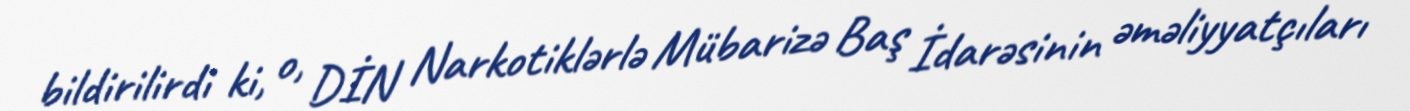
bildirilirdi ki, o, DİN Narkotiklərlə Mübarizə Baş İdarəsinin əməliyyatçıları